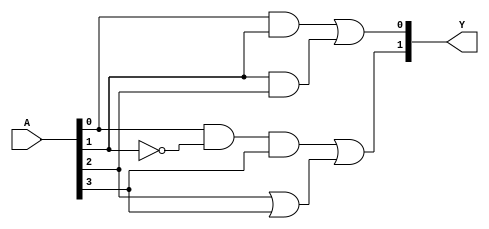
module FusedPAL (
    input wire [N-1:0] A,    // Input vector (A1, A2, ..., An)
    output wire [M-1:0] Y    // Output vector (Y1, Y2, ..., Ym)
);
    parameter N = 4;         // Number of inputs (e.g., A1, A2, A3, A4)
    parameter M = 2;         // Number of outputs (e.g., Y1, Y2)
    
    // Fixed AND gates (example configuration)
    wire and_out0, and_out1, and_out2, and_out3; // AND gate outputs

    // Example Fixed AND gates configuration:
    assign and_out0 = A[0] & A[1];                  // AND gate 0: A1 AND A2
    assign and_out1 = A[1] & A[2];                  // AND gate 1: A2 AND A3
    assign and_out2 = A[0] & ~A[1] & A[3];          // AND gate 2: A1 AND NOT A2 AND A4
    assign and_out3 = A[2] | A[3];                   // AND gate 3: A3 OR A4 (just for demo)

    // Programmable OR gates - You can configure connections here for flexibility
    wire or_out0, or_out1;

    // Example configuration for OR gates
    assign or_out0 = and_out0 | and_out1;           // OR gate 0: Outputs from AND gate 0 and 1
    assign or_out1 = and_out2 | and_out3;           // OR gate 1: Outputs from AND gate 2 and 3

    // Final outputs
    assign Y[0] = or_out0;                           // Y1 output
    assign Y[1] = or_out1;                           // Y2 output

endmodule